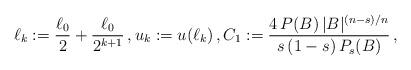
LaTeX: \begin{align*} \ell_k:=\frac{\ell_0}2+\frac{\ell_0}{2^{k+1}}\,,u_k:=u(\ell_k)\,,C_1:=\frac{4\,P(B)\,|B|^{(n-s)/n}}{s\,(1-s)\,P_s(B)}\,, \end{align*}